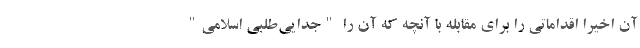
آن اخیرا اقداماتی را برای مقابله با آنچه که آن را "جدایی‌طلبی اسلامی"